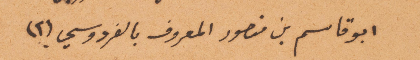
أبو قاسم من منصور المعروف بالفردوسي (٢)